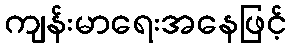
ကျန်းမာရေးအနေဖြင့်